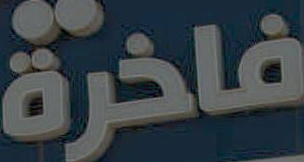
فاخرة